Indian Civil Veterinary Department memoirs
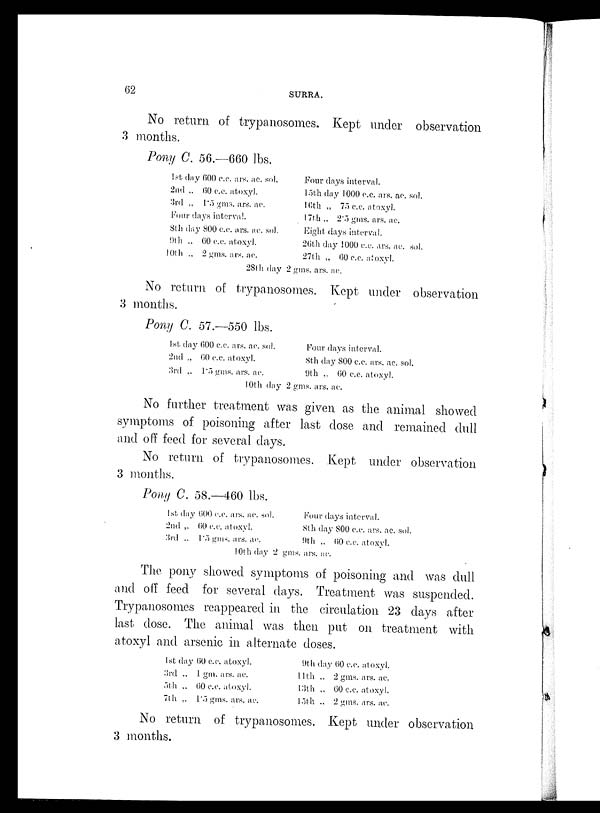
62
SURRA.
No return of trypanosomes. Kept under observation
3 months.
Pony C. 56.—660 lbs.
1st day 600 c.c. ars. ac. sol.
2nd „ 60 c.c. atoxyl.
3rd „ 1.5 gms. ars. ac.
Four days interval.
8th day 800 c.c. ars. ac. sol.
9th „ 60 c.c. atoxyl.
10th „ 2 gms. ars. ac.
Four days interval.
15th day 1000 c.c. ars. ac. sol.
16th „ 75 c.c. atoxyl.
17th „ 2.5 gms. ars. ac.
Eight days interval.
26th day 1000 c.c. ars. ac. sol.
27th „ 60 c.c. atoxyl.
28th day 2 gms. ars. ac.
No return of trypanosomes. Kept under observation
3 months.
Pony C. 57.—550 lbs.
1st day 600 c.c. ars. ac. sol.
2nd „ 60 c.c. atoxyl.
3rd „ 1.5 gms. ars. ac.
Four days interval.
8th day 800 c.c. ars. ac. sol.
9th „ 60 c.c. atoxyl.
10th day 2 gms. ars. ac.
No further treatment was given as the animal showed
symptoms of poisoning after last dose and remained dull
and off feed for several days.
No return of trypanosomes. Kept under observation
3 months.
Pony C. 58.—460 lbs.
1st day 600 c.c. ars. ac. sol.
2nd „ 60 c.c. atoxyl.
3rd „ 1.5 gms. ars. ac.
Four days interval.
8th day 800 c.c. ars. ac. sol.
9th „ 60 c.c. atoxyl.
10th day 2 gms. ars. ac.
The pony showed symptoms of poisoning and was dull
and off feed for several days. Treatment was suspended.
Trypanosomes reappeared in the circulation 23 days after
last dose. The animal was then put on treatment with
atoxyl and arsenic in alternate doses.
1st day 60 c.c. atoxyl.
3rd „ 1 gm. ars. ac.
5th „ 60 c.c. atoxyl.
7th „ 1.5 gms. ars. ac.
9th day 60 c.c. atoxyl.
11th „ 2 gms. ars. ac.
13th „ 60 c.c. atoxyl.
15th „ 2 gms. ars. ac.
No return of trypanosomes. Kept under observation
3 months.